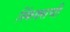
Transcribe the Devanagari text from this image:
स्फिंक्सची